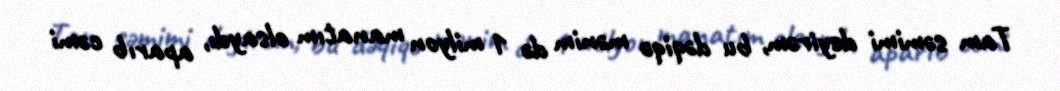
Tam səmimi deyirəm, bu dəqiqə mənim də 1 milyon manatım olsaydı, aparıb cəmi